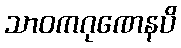
သာဝကဂုဏေနပိ